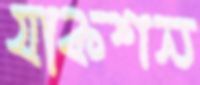
যাকশন